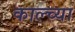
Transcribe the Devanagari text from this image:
काल्च्या